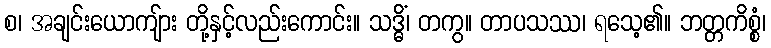
စ၊ အချင်းယောကျ်ား တို့နှင့်လည်းကောင်း။ သဒ္ဓိံ၊ တကွ။ တာပသဿ၊ ရသေ့၏။ ဘတ္တကိစ္စံ၊